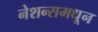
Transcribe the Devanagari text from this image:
नेशन्समधून